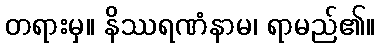
တရားမှ။ နိဿရဏံနာမ၊ ရာမည်၏။